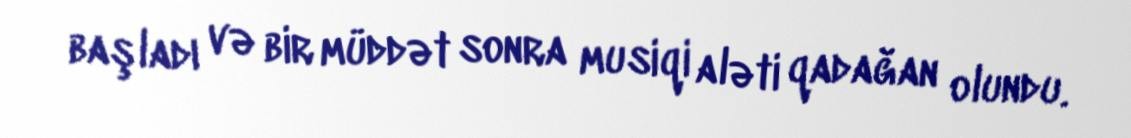
başladı və bir müddət sonra musiqi aləti qadağan olundu.